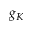
g _ { K }